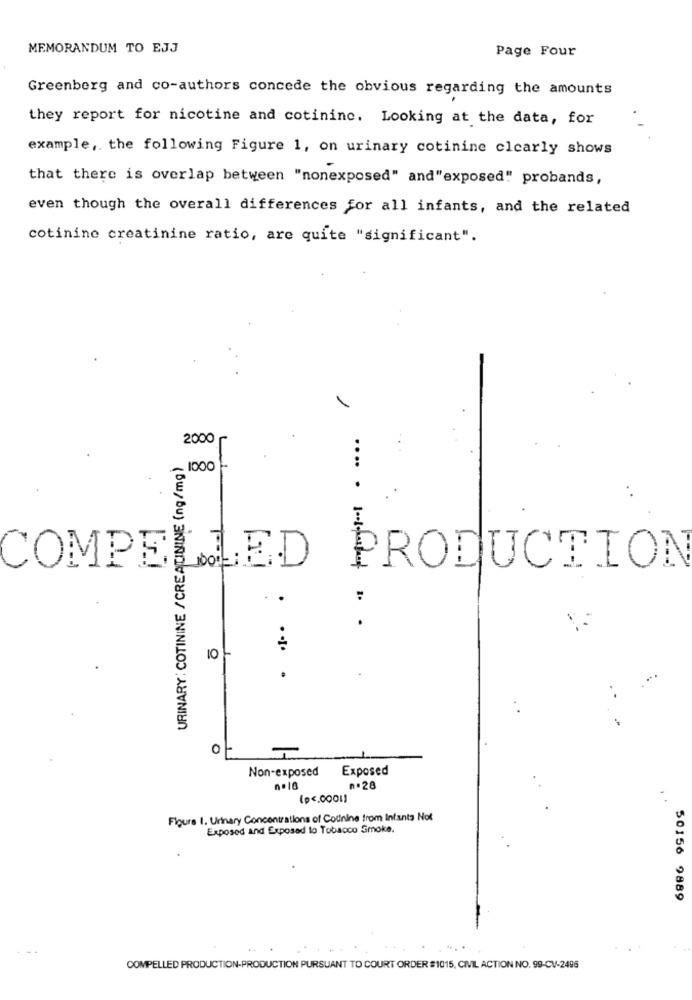
MEMORANDUM TO EJJ
Page Four
Greenberg and co-authors concede the obvious regarding the amounts
they report for nicotine and cotininc. Looking at the data, for
example, the following Figure 1, on urinary cotinine clearly shows
that there is overlap between "nonexposed" and"exposed"" probands,
even though the overall differences for all infants, and the related
cotinine creatinine ratio, are quite "significant".
2000
URINARY: COTININE /CREATININE (ng/mg)
1000
.... .
PRODUCTION
COMPEL
. .
:
10%
.... .
0
Non-exposed
Exposed
n.28
(p <. 0001)
Figure I. Urinary Concentrations of Colinina from Infants Not
Exposed and Exposed to Tobacco Smoke.
50156 9889
COMPELLED PRODUCTION-PRODUCTION PURSUANT TO COURT ORDER #1015, CIVIL ACTION NO. 99-CV-2496